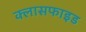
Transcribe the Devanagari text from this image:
क्लासफाइड